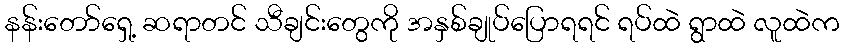
နန်းတော်ရှေ့ ဆရာတင် သီချင်းတွေကို အနှစ်ချုပ်ပြောရရင် ရပ်ထဲ ရွာထဲ လူထဲက